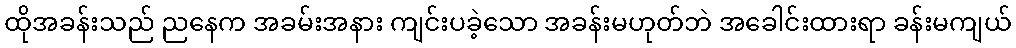
ထိုအခန်းသည် ညနေက အခမ်းအနား ကျင်းပခဲ့သော အခန်းမဟုတ်ဘဲ အခေါင်းထားရာ ခန်းမကျယ်